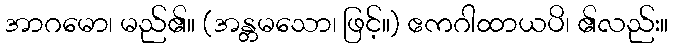
အာဂမော၊ မည်၏။ (အန္တမသော၊ ဖြင့်။) ဧကဂါထာယပိ၊ ၏လည်း။